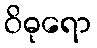
ဝိဓုရော